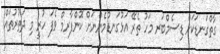
ގާތްގަނޑަކަށް ޑިސެމްބަރ މަހު ތެރޭ އަޅުގަނޑުމެންނަށް ކޮންފާރމް ވެފަ ހުރީ މި ދަތުރުތައް